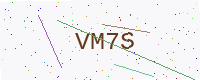
Text: VM7S